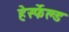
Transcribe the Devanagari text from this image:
हेर्स्फेल्ड